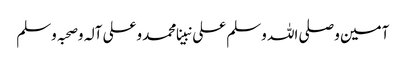
آمین وصلی اللہ وسلم علی نبینا محمد وعلی آلہ وصحبہ وسلم